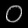
Digit: ၀